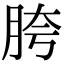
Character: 胯